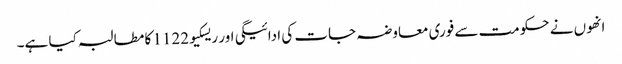
انھوں نے حکومت سے فوری معاوضہ جات کی ادائیگی اور ریسکیو1122 کا مطالبہ کیا ہے۔